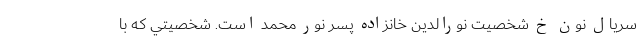
سريال نون خ شخصيت نورالدين خانزاده پسر نور محمد است. شخصيتي که با